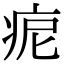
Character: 痆